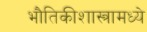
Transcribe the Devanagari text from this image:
भौतिकीशास्त्रामध्ये